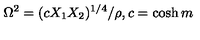
\Omega ^ { 2 } = ( c X _ { 1 } X _ { 2 } ) ^ { 1 / 4 } / \rho , c = \cosh m